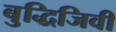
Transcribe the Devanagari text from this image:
बुद्धिजिवी